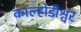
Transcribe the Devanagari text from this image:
काल्होडीश्वर